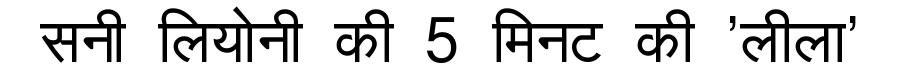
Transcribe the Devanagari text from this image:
सनी लियोनी की 5 मिनट की 'लीला'